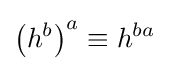
\left(h^{b}\right)^{a}\equiv h^{ba}